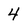
Character: 4